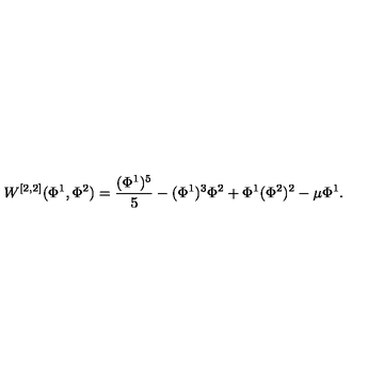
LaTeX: W ^ { [ 2 , 2 ] } ( \Phi ^ { 1 } , \Phi ^ { 2 } ) = { \frac { ( \Phi ^ { 1 } ) ^ { 5 } } { 5 } } - ( \Phi ^ { 1 } ) ^ { 3 } \Phi ^ { 2 } + \Phi ^ { 1 } ( \Phi ^ { 2 } ) ^ { 2 } - \mu \Phi ^ { 1 } .